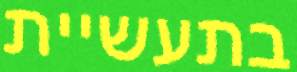
בתעשיית